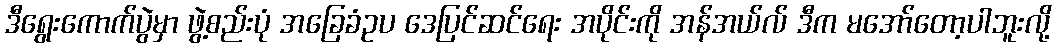
ဒီရွေးကောက်ပွဲမှာ ဖွဲ့စည်းပုံ အခြေခံဥပ ဒေပြင်ဆင်ရေး အပိုင်းကို အန်အယ်လ် ဒီက မအော်တော့ပါဘူးလို့